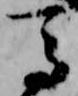
馬